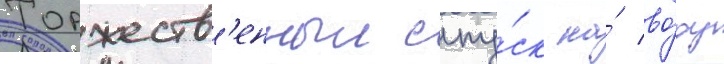
Торжеств'енныи спу́ск на́ во́ду